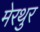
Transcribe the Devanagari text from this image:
मेरथुर